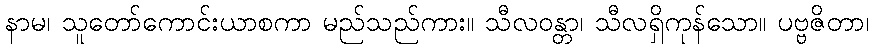
နာမ၊ သူတော်ကောင်းယာစကာ မည်သည်ကား။ သီလဝန္တာ၊ သီလရှိကုန်သော။ ပဗ္ဗဇိတာ၊